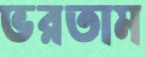
ভরতাম